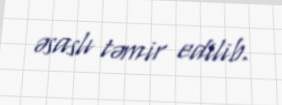
əsaslı təmir edilib.